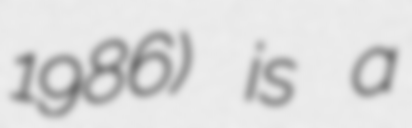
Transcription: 1986) is a